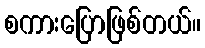
စကားပြောဖြစ်တယ်။